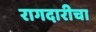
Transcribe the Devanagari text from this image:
रागदारीचा